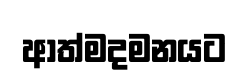
ආත්මදමනයට